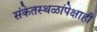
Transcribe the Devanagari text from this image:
संकेतस्थळांपेक्षाही